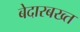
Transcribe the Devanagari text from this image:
बेदारबख्त